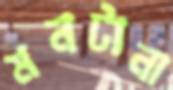
মনটানা